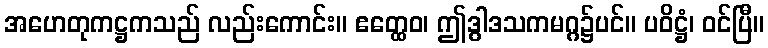
အဟေတုကဋ္ဌကသည် လည်းကောင်း။ ဧတ္ထေဝ၊ ဤဒွါဒသကမဂ္ဂ၌ပင်။ ပဝိဋ္ဌံ၊ ဝင်ပြီ။